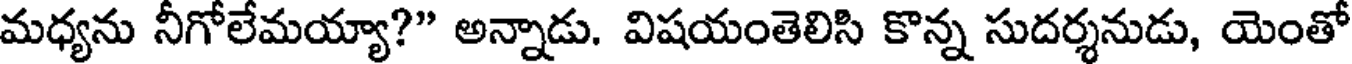
మధ్యను నీగోలేమయ్యా?" అన్నాడు. విషయంతెలిసి కొన్న సుదర్శనుడు, యెంతో